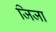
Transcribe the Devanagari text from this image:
जिजा